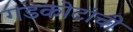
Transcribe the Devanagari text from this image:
गडकोटांची